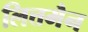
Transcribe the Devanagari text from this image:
लित्तमैन